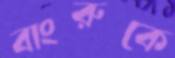
বাংরুকে